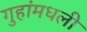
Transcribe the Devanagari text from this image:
गुहांमधली